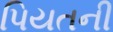
પિયતની